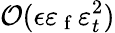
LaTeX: \mathcal{O}(\epsilon\varepsilon_{\mathrm{~f~}}\varepsilon_{t}^{2})